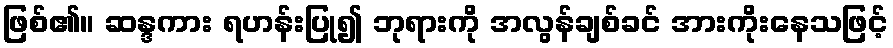
ဖြစ်၏။ ဆန္ဒကား ရဟန်းပြု၍ ဘုရားကို အလွန်ချစ်ခင် အားကိုးနေသဖြင့်